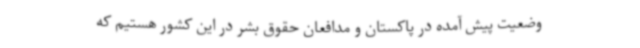
وضعیت پیش آمده در پاکستان و مدافعان حقوق بشر در این کشور هستیم که